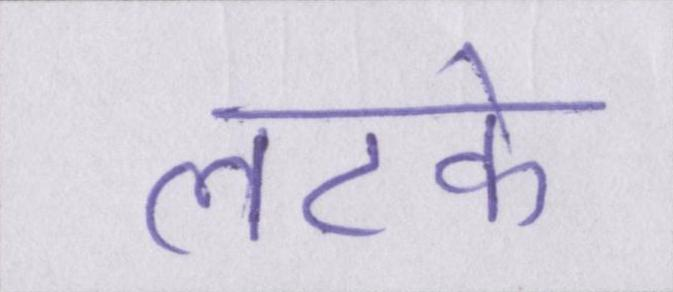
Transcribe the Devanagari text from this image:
लटके